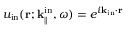
u _ { \mathrm { i n } } ( { \bf r } ; { \bf k } _ { \parallel } ^ { \mathrm { i n } } , \omega ) = e ^ { i { \bf k } _ { \mathrm { i n } } \cdot { \bf r } }